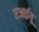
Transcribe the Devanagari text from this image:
एआईयू